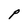
Character: P